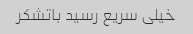
خیلی سریع رسید باتشکر